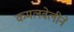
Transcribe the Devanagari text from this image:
कमलवेलीने